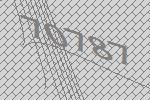
70787